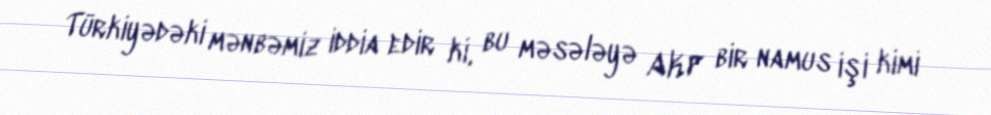
Türkiyədəki mənbəmiz iddia edir ki, bu məsələyə AKP bir namus işi kimi